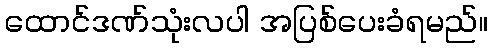
ထောင်ဒဏ်သုံးလပါ အပြစ်ပေးခံရမည်။